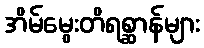
အိမ်မွေးတိရစ္ဆာန်များ